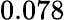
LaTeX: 0.078